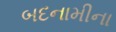
બદનામીના